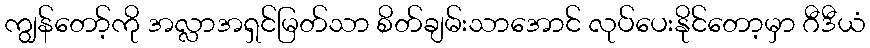
ကျွန်တော့်ကို အလ္လာအရှင်မြတ်သာ စိတ်ချမ်းသာအောင် လုပ်ပေးနိုင်တော့မှာ ဂီဒီယံ